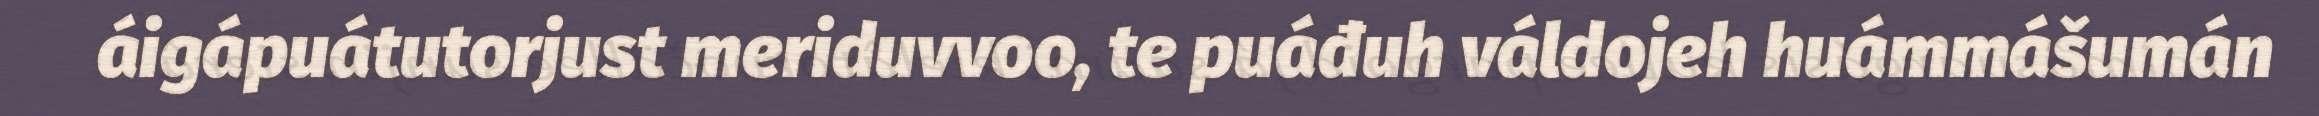
áigápuátutorjust meriduvvoo, te puáđuh váldojeh huámmášumán